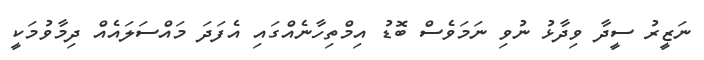
ނަޒީރު ސީދާ ވިދާޅު ނުވި ނަމަވެސް ބޮޑު އިމްތިހާނެއްގައި އެފަދަ މައްސަލައެއް ދިމާވުމަކީ